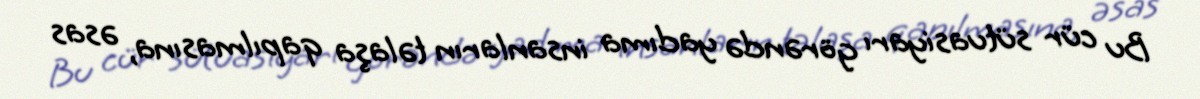
Bu cür sütuasiyarı görəndə yadıma insanların təlaşa qapılmasına, əsas